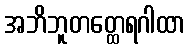
အဘိဘူတတ္ထေရဂါထာ